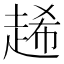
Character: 𧻶